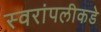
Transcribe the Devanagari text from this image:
स्वरांपलीकडे